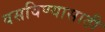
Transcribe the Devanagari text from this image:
वसविण्यासाठी